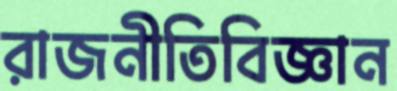
রাজনীতিবিজ্ঞান